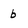
Character: b